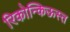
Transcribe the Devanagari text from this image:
रिकोन्किऊस्त